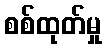
စစ်ထုတ်မှု